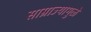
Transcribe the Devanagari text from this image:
साम्राज्यामुळे